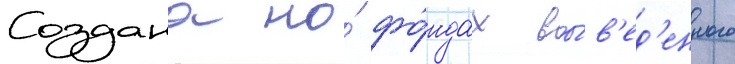
Создана на́ фо́ндах вы́в'ед'енного